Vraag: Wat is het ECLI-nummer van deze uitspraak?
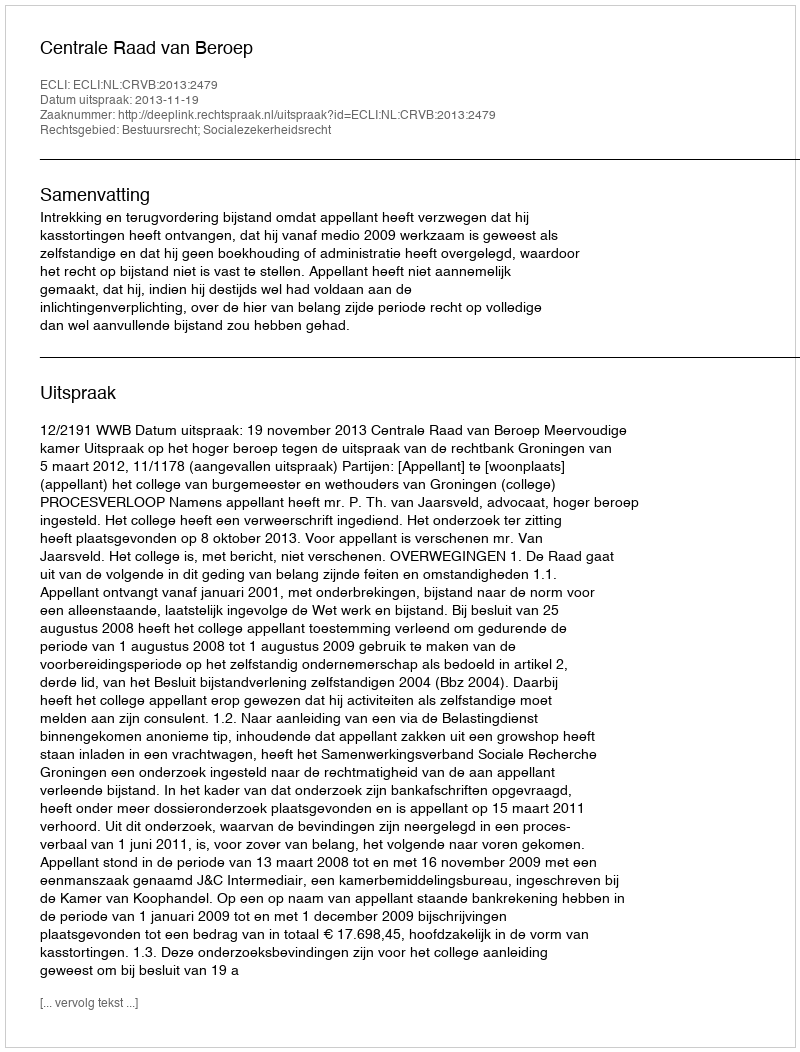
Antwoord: ECLI:NL:CRVB:2013:2479